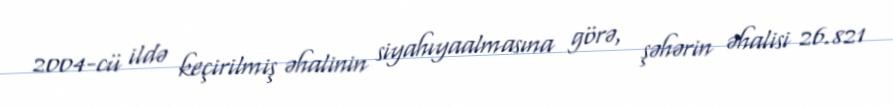
2004-cü ildə keçirilmiş əhalinin siyahıyaalmasına görə, şəhərin əhalisi 26.821